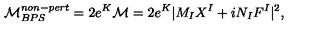
{ \cal M } _ { B P S } ^ { n o n - p e r t } = 2 e ^ { K } { \cal M } = { 2 } e ^ { K } | M _ { I } X ^ { I } + i N _ { I } F ^ { I } | ^ { 2 } ,